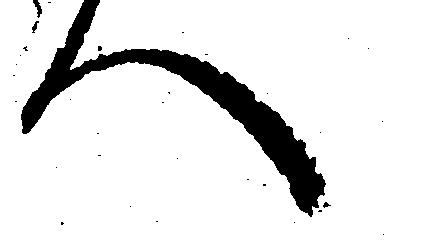
へ